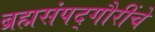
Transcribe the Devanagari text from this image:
ब्रह्मसंपद्गौरींचे